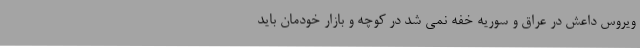
ویروس داعش در عراق و سوریه خفه نمی شد در کوچه و بازار خودمان باید